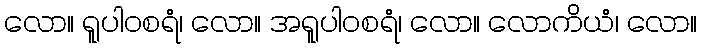
လော။ ရူပါဝစရံ၊ လော။ အရူပါဝစရံ၊ လော။ လောကိယံ၊ လော။